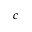
c